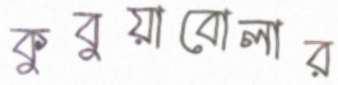
কুবুয়াবোলার